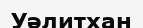
Уәлитхан